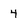
Character: 4